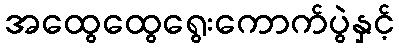
အထွေထွေရွေးကောက်ပွဲနှင့်